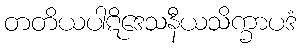
တတိယပါဋိဒေသနီယသိက္ခာပဒံ